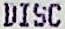
DISC